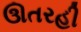
ઊતરહી